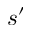
s ^ { \prime }